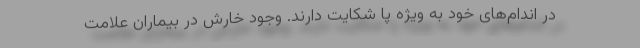
در اندام‌های خود به ویژه پا شکایت دارند. وجود خارش در بیماران علامت